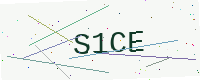
Text: S1CE